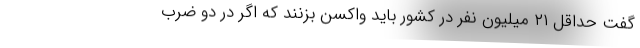
گفت حداقل ۲۱ میلیون نفر در کشور باید واکسن بزنند که اگر در دو ضرب